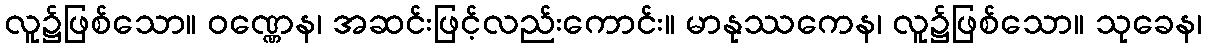
လူ၌ဖြစ်သော။ ဝဏ္ဏေန၊ အဆင်းဖြင့်လည်းကောင်း။ မာနုဿကေန၊ လူ၌ဖြစ်သော။ သုခေန၊